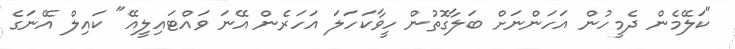
"ކަލޭމެން ދެމީހުން އަހަންނަށް ބަލާގޮތުން ހީވާކަހަލަ އަހަރެން އޭނަ ވައްޓައިލީއޭ" ކައިލް އޭނަގެ